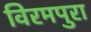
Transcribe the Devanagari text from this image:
विरमपुरा